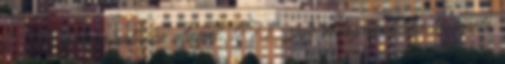
7. Az áldozatpolitika alapjai. 17 7.1. Az áldozatpolitika története,